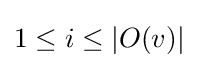
1\leq i\leq \left|O(v)\right|